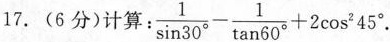
17.(6分)计算：$$\frac { 1 } {\sin 30 ^ {\circ}} - \frac{1} {\tan 60 ^ {\circ}} + 2 \cos ^ { 2 } 45$$